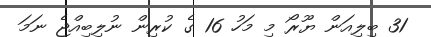
31 ބިލިއަން ޔޫރޯ މި މަހު 16 ގެ ކުރިން ނުލިބިއްޖެ ނަމަ